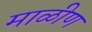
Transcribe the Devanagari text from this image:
माळीण